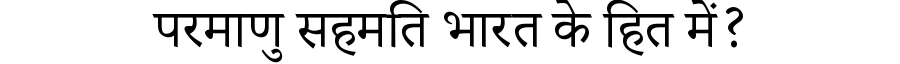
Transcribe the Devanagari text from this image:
परमाणु सहमति भारत के हित में?